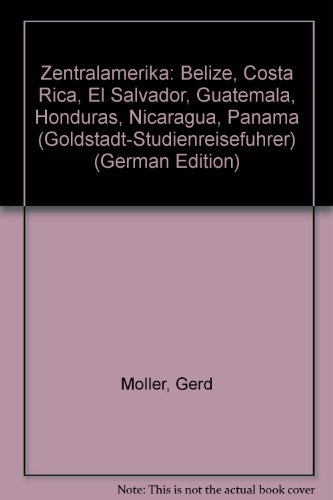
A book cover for Zentralamerika: Belize, Costa Rica, El Salvador, Guatemala, Honduras, Nicaragua, Panama (Goldstadt-Studienreisefuhrer) (German Edition); Gerd Moller; Travel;